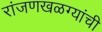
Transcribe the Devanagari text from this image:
रांजणखळग्यांची